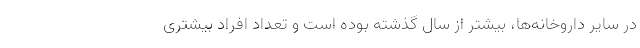
در سایر داروخانه‌ها، بیشتر از سال گذشته بوده است و تعداد افراد بیشتری